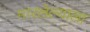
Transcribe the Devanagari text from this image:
मारलेल्‍याला